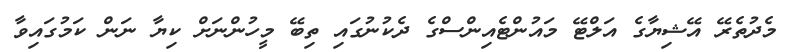
މެދުތެރޭ އޭޝިޔާގެ އަލްޓޭ މައުންޓެއިންސްގެ ދެކުނުގައި ތިބޭ މީހުންނަށް ކިޔާ ނަން ކަމުގައިވާ